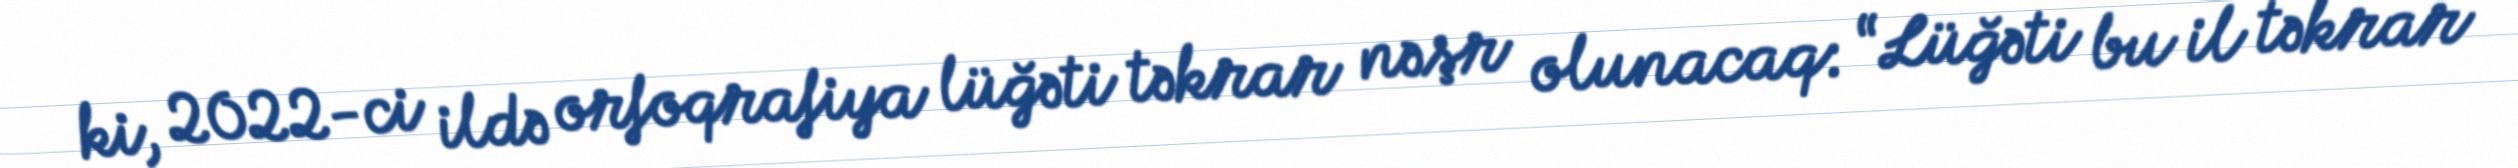
ki, 2022-ci ildə orfoqrafiya lüğəti təkrar nəşr olunacaq: “Lüğəti bu il təkrar